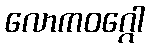
လောကဝဂ္ဂေါ